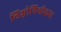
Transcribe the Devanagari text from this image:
लिम्नोपिथीकस